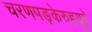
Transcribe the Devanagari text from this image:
चरणपङ्केरुहयुगे